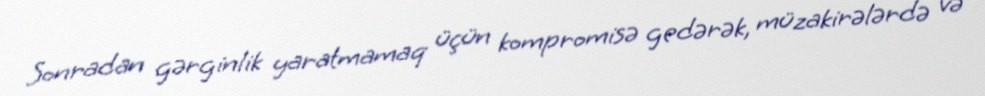
Sonradan gərginlik yaratmamaq üçün kompromisə gedərək, müzakirələrdə və